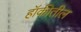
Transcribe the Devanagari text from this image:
हॉकीतील